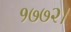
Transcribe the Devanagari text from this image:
१७७२।